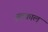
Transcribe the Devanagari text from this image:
व्रतकाल